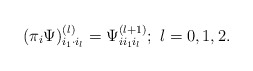
\begin{align*}(\pi_i \Psi )^{(l)}_{i_1\cdot i_l}=\Psi_{ii_1i_l}^{(l+1)};\ l=0,1,2.\end{align*}